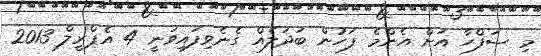
މި ޞަފްހާ އަށް އެންމެ ފަހުން ބަދަލެއް ގެނެވިފައިވަނީ 4 އެޕްރީލް 2013